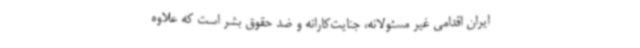
ایران اقدامی غیر مسئولانه، جنایت‌کارانه و ضد حقوق بشر است که علاوه